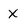
Character: X